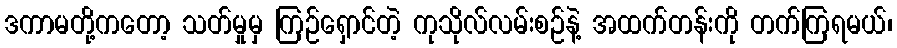
ဒကာမတို့ကတော့ သတ်မှုမှ ကြဉ်ရှောင်တဲ့ ကုသိုလ်လမ်းစဉ်နဲ့ အထက်တန်းကို တက်ကြရမယ်၊